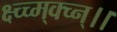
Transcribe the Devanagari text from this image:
क्ष्च्च्म्क्च्न्।।